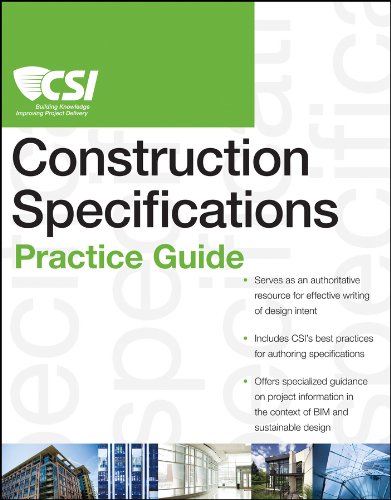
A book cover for The CSI Construction Specifications Practice Guide; Construction Specifications Institute; Arts & Photography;